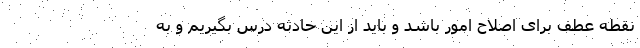
نقطه عطف برای اصلاح امور باشد و باید از این حادثه درس بگیریم و به